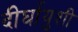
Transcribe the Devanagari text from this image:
दीर्घायुशी